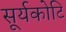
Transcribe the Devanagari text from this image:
सूर्यकोटि